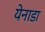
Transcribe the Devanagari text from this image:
येनाडा